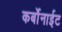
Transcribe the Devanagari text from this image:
कर्बोनाईट